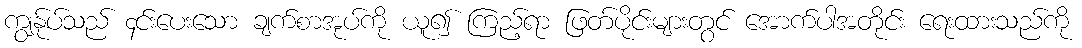
ကျွန်ုပ်သည် ၄င်းပေးသော ချက်စာအုပ်ကို ယူ၍ ကြည့်ရာ ဖြတ်ပိုင်းများတွင် အောက်ပါအတိုင်း ရေးထားသည်ကို